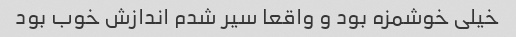
خیلی خوشمزه بود و واقعا سیر شدم اندازش خوب بود